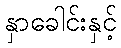
နှာခေါင်းနှင့်